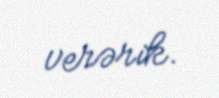
verərik.